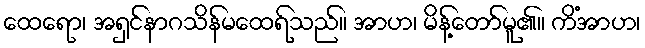
ထေရော၊ အရှင်နာဂသိန်မထေရ်သည်။ အာဟ၊ မိန့်တော်မူ၏။ ကိံအာဟ၊